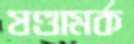
ষণ্ডামর্ক